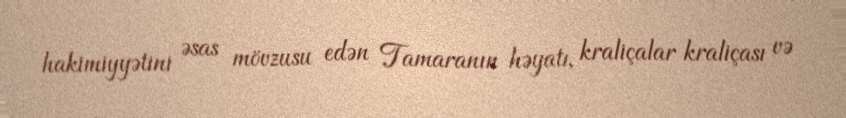
hakimiyyətini əsas mövzusu edən Tamaranın həyatı, kraliçalar kraliçası və